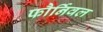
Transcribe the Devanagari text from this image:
फौर्निवल